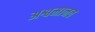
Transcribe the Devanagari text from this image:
अश्वमानव